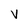
Character: v